Haapsalu_Metskond, lk 22
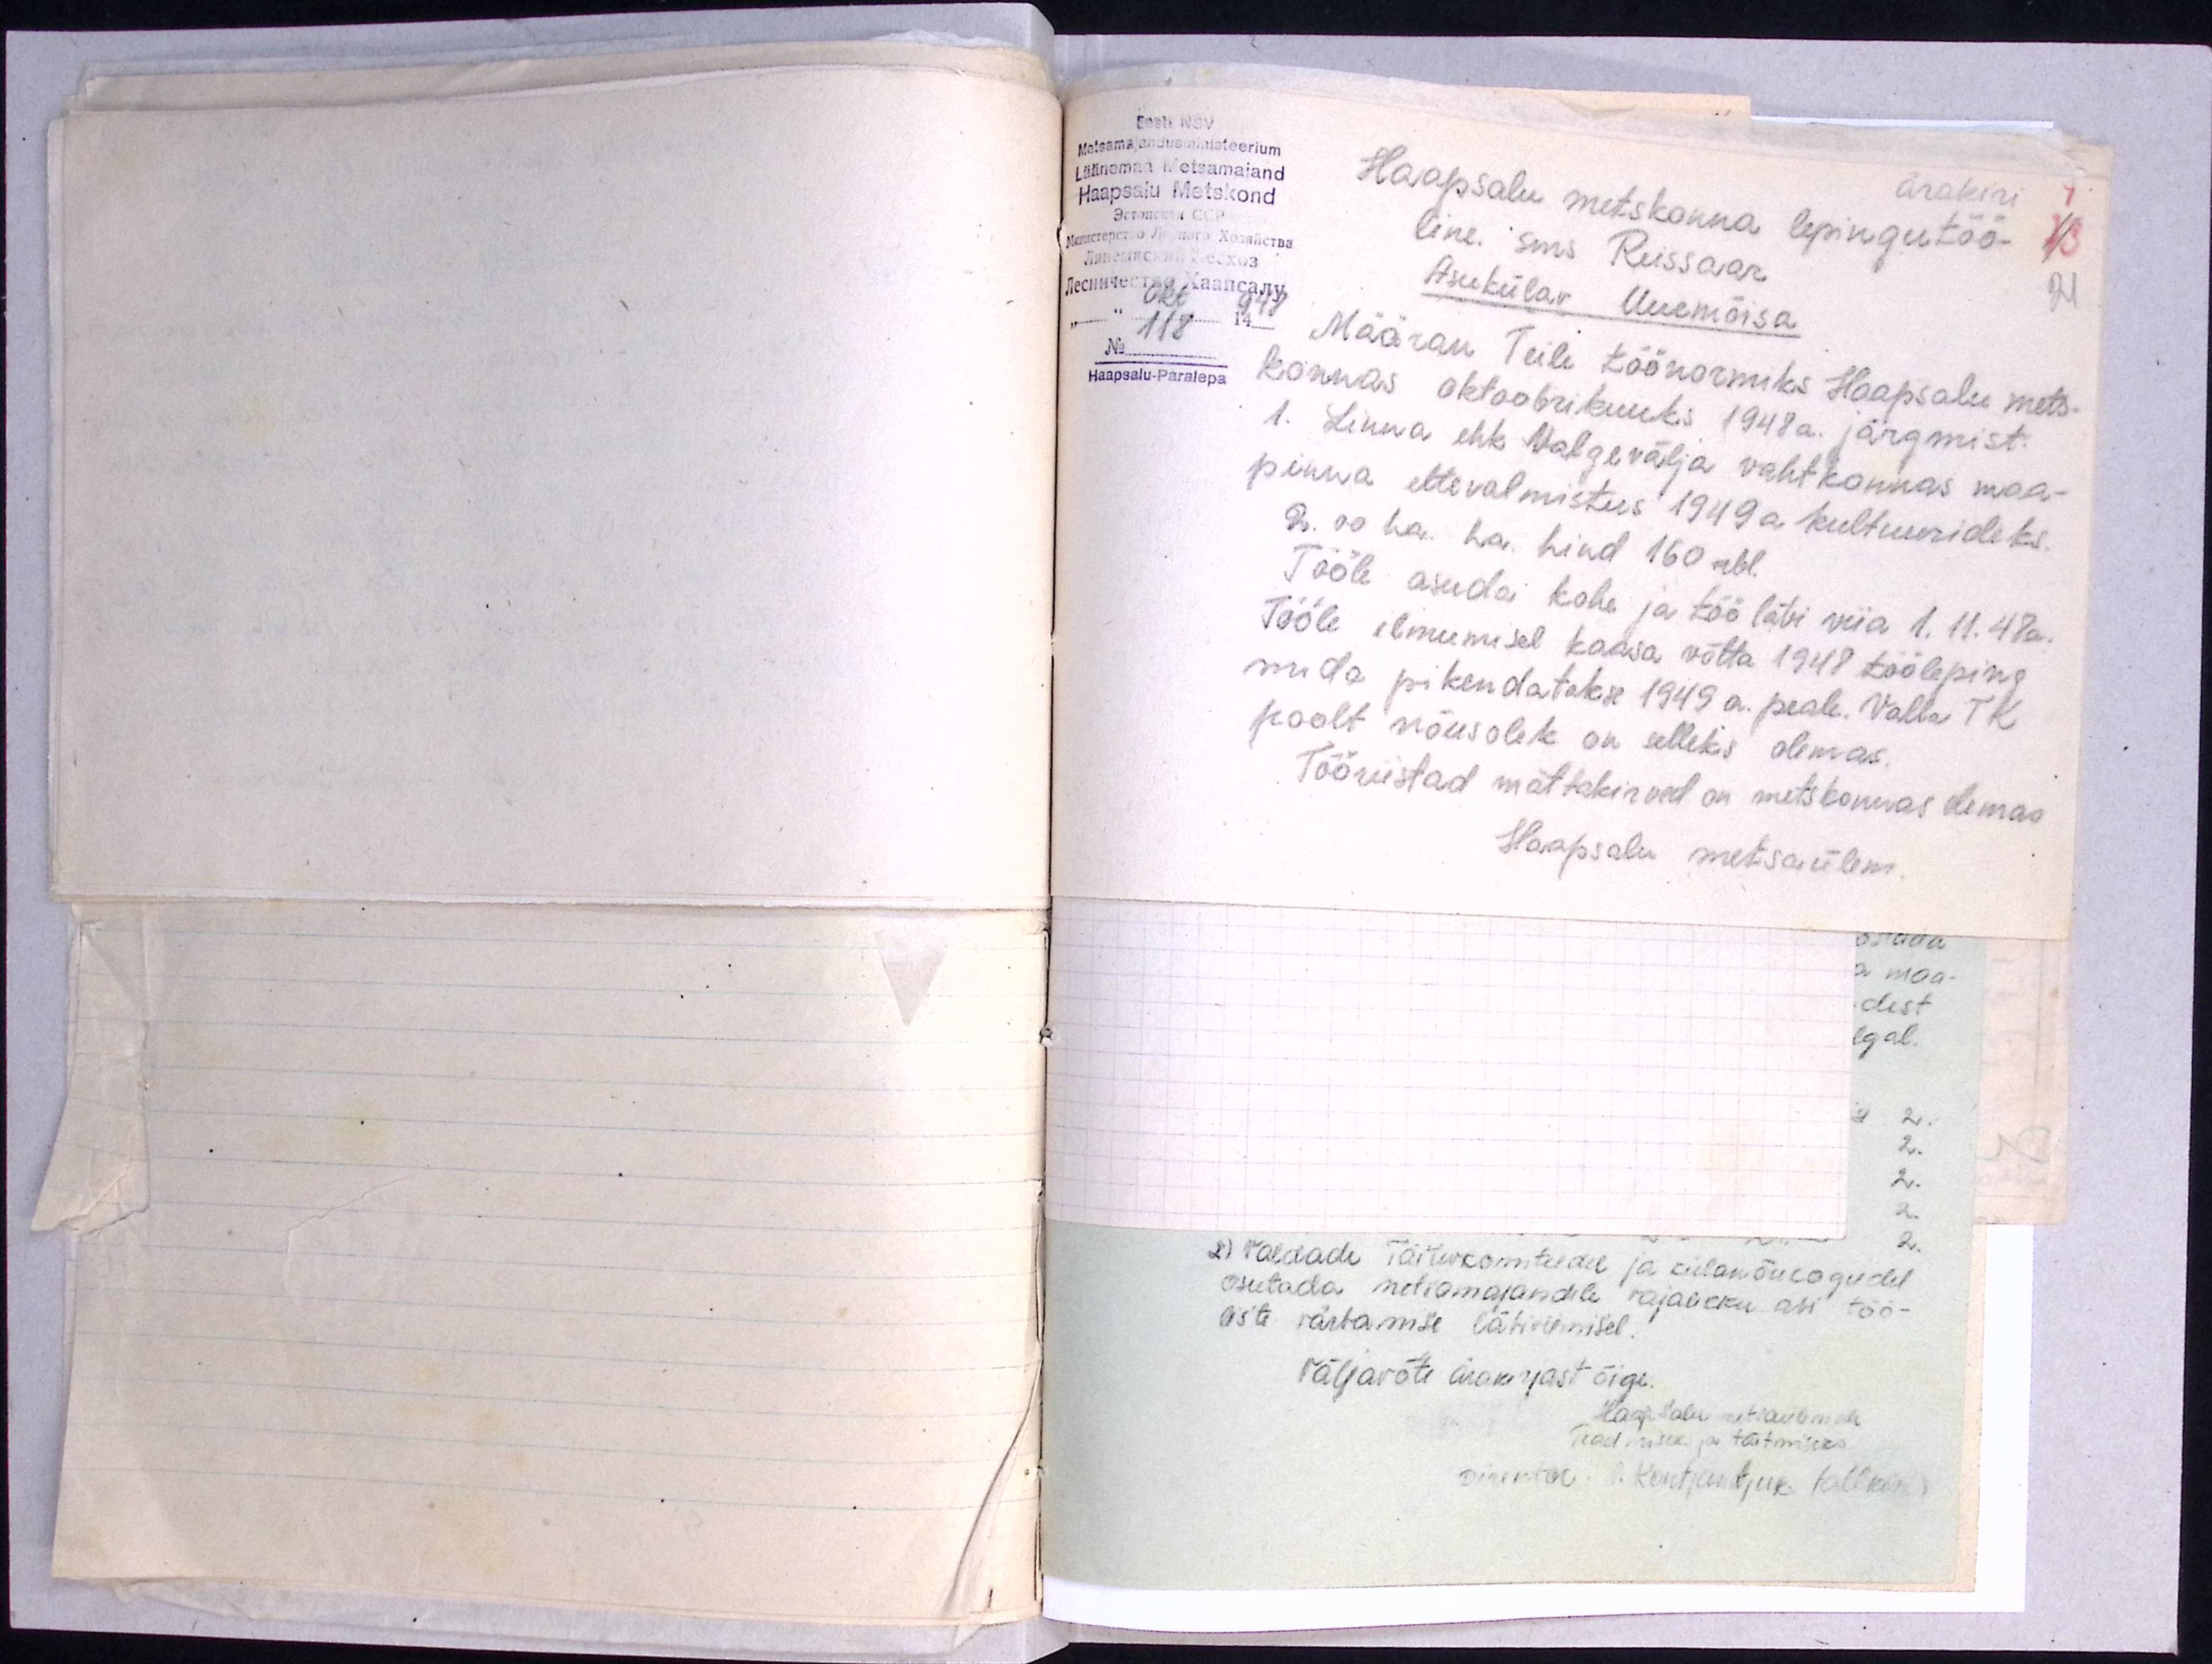
Eesti NSV
Metsamajandusministeerium
Läänemaa Metsamajand
Haapsalu Metskond
ärakiri
Haapsalu metskonna lepingutöö-
73
line, sms Reissaar
21
Asuküla v Uuemõisa
No. 118
Haapsalu-Paralepa
Määran Teile töönormiks Haapsalu mets-
konnas oktoobrikuuks 1948 a. järgmist.
1. Linna ehk Valgevälja vahtkonnas maa-
pinna ettevalmistus 1949 a. kultuurideks.
2. 00 ha. ha. hind 160 rbl.
Tööle asuda kohe ja töö läbi viia 1.11.48a.
Tööle ilmumisel kaasa võtta 1948 tööleping
mida pikendatakse 1949 a. peale. Valla TK
poolt nõusolek on selleks olemas.
Tööriistad mättakirved on metskonnas olemas
Haapsalu metsaülem